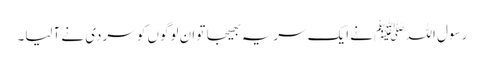
رسول اللہ ﷺ نے ایک سریہ بھیجا تو ان لوگوں کو سردی نے آلیا۔